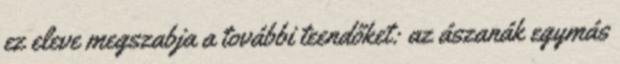
ez eleve megszabja a további teendőket: az ászanák egymás